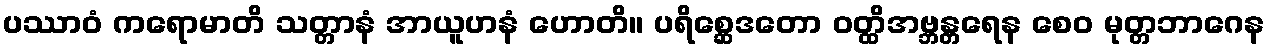
ပဿာဝံ ကရောမာတိ သတ္တာနံ အာယူဟနံ ဟောတိ။ ပရိစ္ဆေဒတော ဝတ္ထိအဗ္ဘန္တရေန စေဝ မုတ္တဘာဂေန